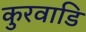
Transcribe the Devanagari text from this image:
कुरवाडि